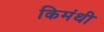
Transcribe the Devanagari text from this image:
किमंथी